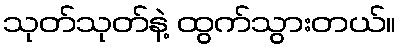
သုတ်သုတ်နဲ့ ထွက်သွားတယ်။